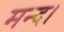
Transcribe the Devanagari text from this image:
मन्द।